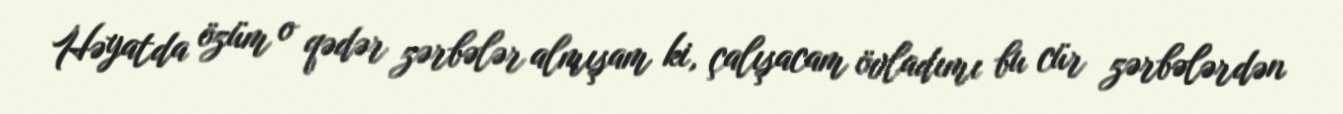
Həyatda özüm o qədər zərbələr almışam ki, çalışacam övladımı bu cür zərbələrdən